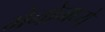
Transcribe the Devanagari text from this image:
मेनोमध्ये